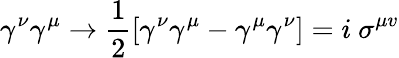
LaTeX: \gamma^{\nu}\gamma^{\mu}\to{\frac{1}{2}}[\gamma^{\nu}\gamma^{\mu}-\gamma^{\mu}\gamma^{\nu}]=i~\sigma^{\mu v}